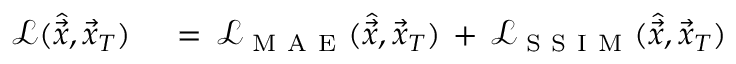
\begin{array} { r l } { \mathcal { L } ( \hat { \vec { x } } , \vec { x } _ { T } ) \, } & { { } = \, \mathcal { L } _ { \mathrm { ~ M ~ A ~ E ~ } } ( \hat { \vec { x } } , \vec { x } _ { T } ) \, + \, \mathcal { L } _ { \mathrm { ~ S ~ S ~ I ~ M ~ } } ( \hat { \vec { x } } , \vec { x } _ { T } ) \, } \end{array}